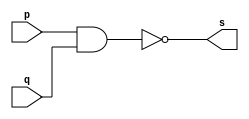
// ------------------------- 
// Exemplo0004 - NAND 
// Nome: Andr Henriques Fernandes 
// ------------------------- 
 
// --------------------- 
// -- nand gate 
// --------------------- 
 
module nandgate (output s, input p, input q); 
 assign s = ~(p&q); 
endmodule // nandgate 
 
// --------------------- 
// -- test nandgate 
// --------------------- 
module testnandgate; 
// ------------------------- dados locais 
   reg a,b; // definir registrador 
   wire s;  // definir conexao (fio) 
// ------------------------- instancia 
   nandgate NAND1 (s, a, b);  
// ------------------------- preparacao 
   initial begin:start 
      a=0;    
      b=0;   
   end 
 
// ------------------------- parte principal 
   initial begin:main 
      $display("Exemplo 0006 - Andre Henriques Fernandes - 427386"); 
      $display("Test nand gate"); 
      $display("\n  ~(a     &    b)    =     s\n"); 
      $monitor("~(%b & %b) = %b", a, b, s); 
  #1  a=0; b=0;     
  #1  a=0; b=1;     
  #1  a=1; b=0;     
  #1  a=1; b=1;    
   
 end 
 
endmodule // testxorgate